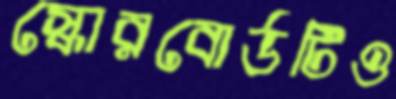
স্কোরবোর্ডটিও